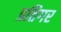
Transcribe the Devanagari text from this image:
प्रतिगर